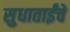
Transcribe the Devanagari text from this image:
सुधाताईंचे